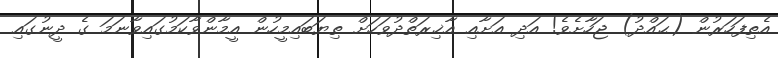
އެތިފަހަރުން (ޙައްދު) ޖަހާށެވެ! އަދި އަށާއި އާޚިރަތްދުވަހަށް ތިޔަބައިމީހުން އީމާންވާކަމުގައިވާނަމަ ގެ ދީނުގައި